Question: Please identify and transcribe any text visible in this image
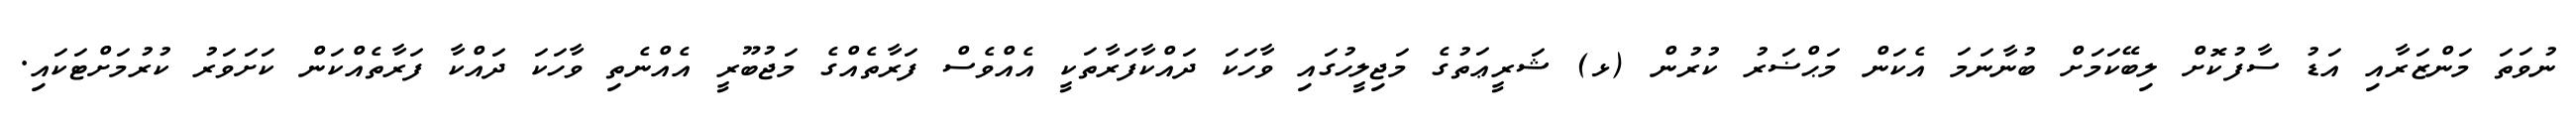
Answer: ނުވަތަ މަންޒަރާއި އަޑު ސާފުކޮށް ލިބޭކަމަށް ބުނާނަމަ އެކަން މަޙްޟަރު ކުރުން (ޅ) ޝަރީޢަތުގެ މަޖިލީހުގައި ވާހަކަ ދައްކާފަރާތަކީ އެއްވެސް ފަރާތެއްގެ މަޖުބޫރީ އެއްނެތި ވާހަކަ ދައްކާ ފަރާތެއްކަން ކަށަވަރު ކުރުމަށްޓަކައި.